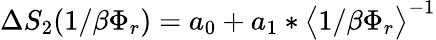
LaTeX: \Delta S_{2}(1/\beta\Phi_{r})=a_{0}+a_{1}*\big<1/\beta\Phi_{r}\big>^{-1}